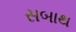
સબાથ